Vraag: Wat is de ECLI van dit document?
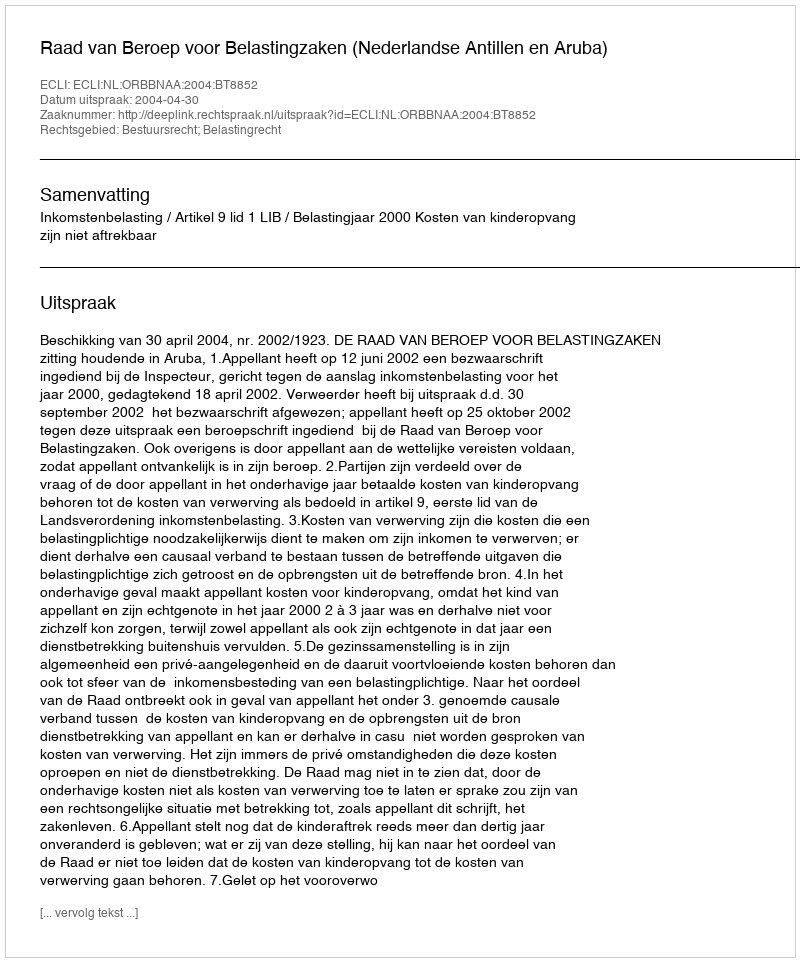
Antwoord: ECLI:NL:ORBBNAA:2004:BT8852